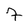
Character: 7